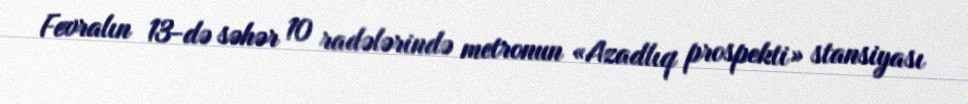
Fevralın 13-də səhər 10 radələrində metronun «Azadlıq prospekti» stansiyası